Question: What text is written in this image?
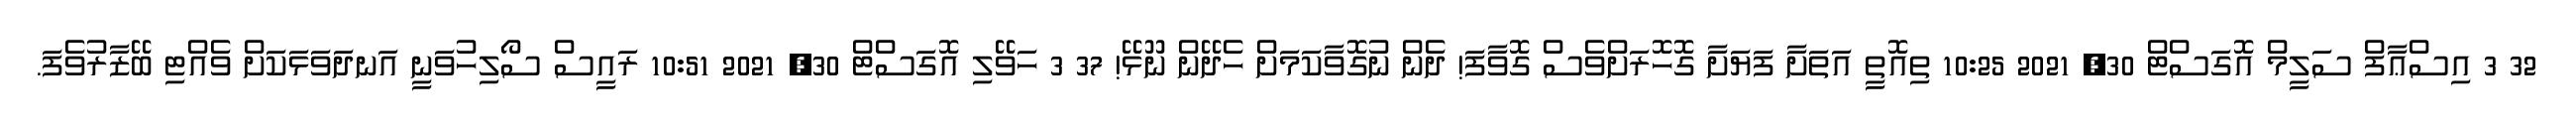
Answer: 32 3 އިސްޢާފް ސަލީމް އޮގަސްޓް 30, 2021 10:25 ތިއޮތީ އަތަށާ ފަޔަށާ ގޮހޮރަށްވެސް ގޮވާފަ! ދެން ނުގޮވާކަމަށް ހެދޭން ނޫޅޭ! 37 3 ހަވޭލި އޮގަސްޓް 30, 2021 10:51 ރައީސް ސޯލިހުވަނީ އަނދަވަޅަކަށް ވެއްޓި ބޭޒާރުވެފަ.